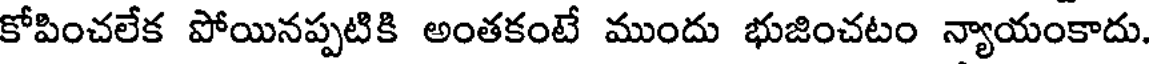
కోపించలేక పోయినప్పటికి అంతకంటే ముందు భుజించటం న్యాయంకాదు.